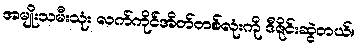
အမျိုးသမီးသုံး လက်ကိုင်အိတ်တစ်လုံးကို ဒီဇိုင်းဆွဲတယ်။